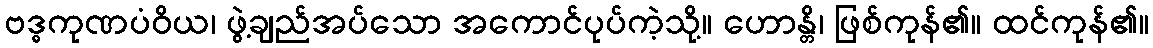
ဗဒ္ဓကုဏပံဝိယ၊ ဖွဲ့ချည်အပ်သော အကောင်ပုပ်ကဲ့သို့။ ဟောန္တိ၊ ဖြစ်ကုန်၏။ ထင်ကုန်၏။